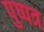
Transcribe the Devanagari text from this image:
पुष्पत्र